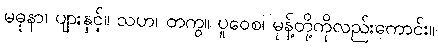
မဓုနာ၊ ပျားနှင့်။ သဟ၊ တကွ။ ပူဝေစ၊ မုန့်တို့ကိုလည်းကောင်း။